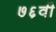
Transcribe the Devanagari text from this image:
७६वी